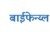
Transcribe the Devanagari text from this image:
बाईफेन्य्ल